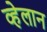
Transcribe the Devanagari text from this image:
व्हेलान